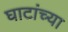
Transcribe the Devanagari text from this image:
घाटांच्या